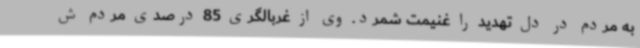
به مردم در دل تهدید را غنیمت شمرد. وی از غربالگری 85 درصدی مردم ش